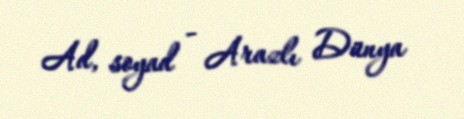
Ad, soyad - Arazlı Dünya